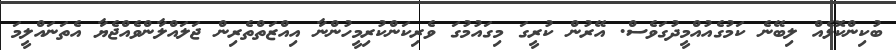
ބުކިންކޮޅެއް ލިބޭނެ ކަމުގެއުއްމީދުގަވެސް. އޭރުން ކުރީގަ މިގައުމުގަ ވެރިކަންކުރިމީހުންނާ އިއްޒަތްތެރިން ޖަލައްލާންވެއްޖެޔާ އެތަނައްލީމަ